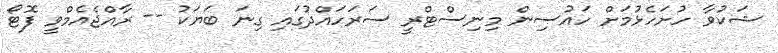
ޝަކުވާ ހުށަހެޅުމަށް ހައުސިން މިނިސްޓްރީ ސަރަހައްދުގައި ގިނަ ބަޔަކު -- ރާއްޖެއެމްވީ ފޮޓޯ